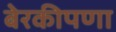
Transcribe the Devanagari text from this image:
बेरकीपणा